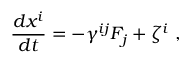
\frac { d x ^ { i } } { d t } = - \gamma ^ { i j } F _ { j } + \zeta ^ { i } \ ,